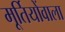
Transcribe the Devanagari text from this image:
मूर्तियोंवाला